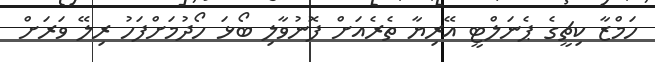
ހަމްޒާ ކިޗީގެ ޕެނަލްޓީ އޭރިޔާ ތެރެއަށް ފޮނުވާލި ބޯޅަ ހޯދުމަށްފަހު ރިލޭ ވަރަށް